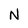
Character: N